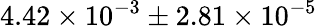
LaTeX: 4.42\times{10^{-3}}\pm 2.81\times{10^{-5}}